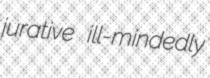
jurative ill-mindedly